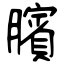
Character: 臏